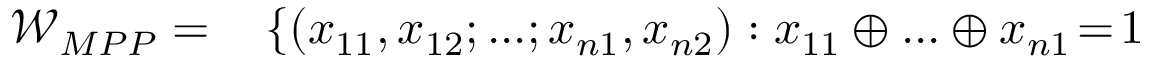
\begin{array} { r l } { \mathcal { W } _ { M P P } = } & { { } \left\{ ( x _ { 1 1 } , x _ { 1 2 } ; . . . ; x _ { n 1 } , x _ { n 2 } ) : x _ { 1 1 } \oplus . . . \oplus x _ { n 1 } \! = \! 1 \right. } \end{array}